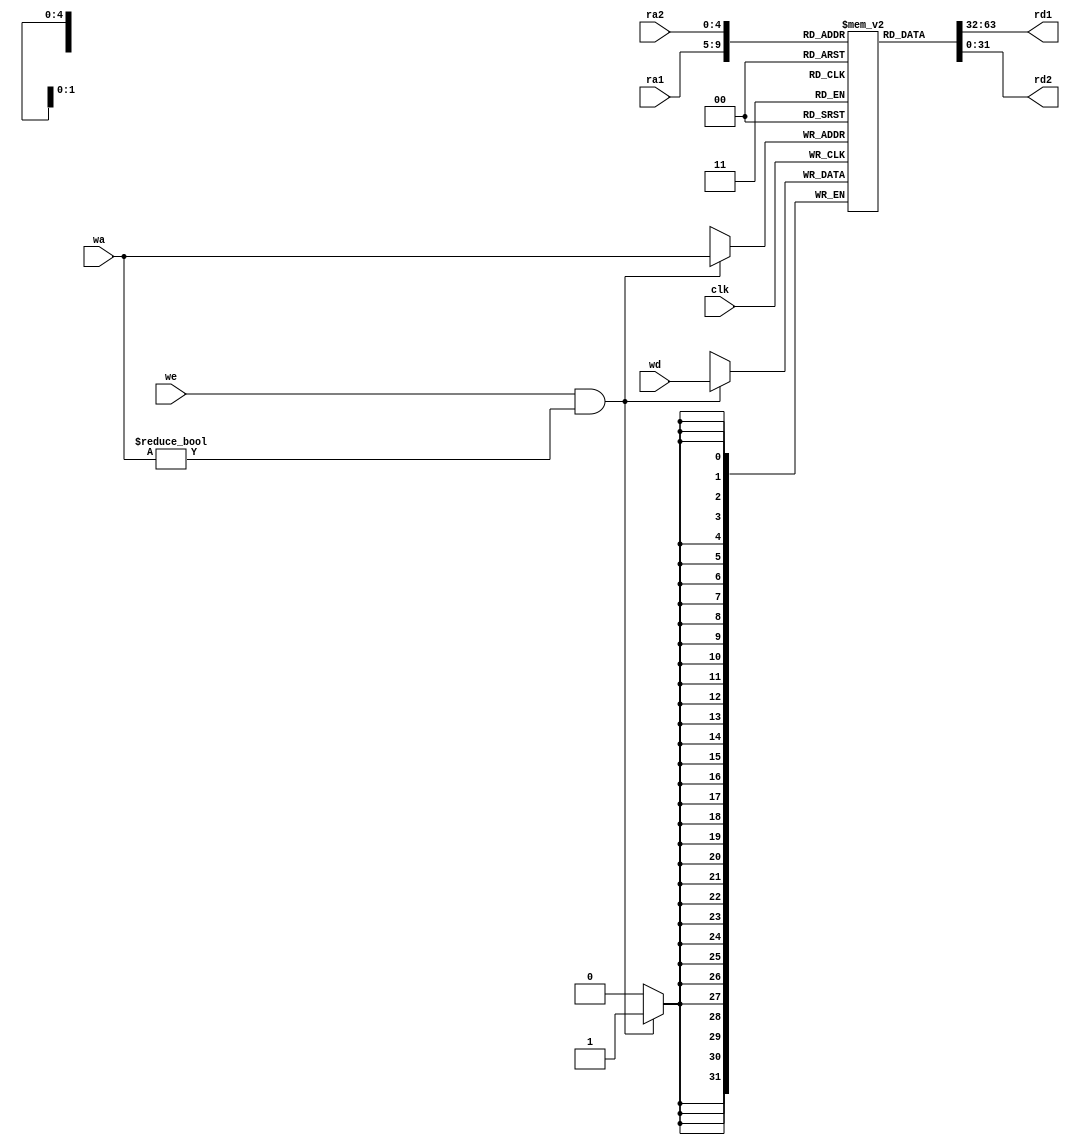
//-----------------------------------------------------------------------------
//  Module: RegFile
//  Desc: An array of 32 32-bit registers
//  Inputs Interface:
//    clk: Clock signal
//    ra1: first read address (asynchronous)
//    ra2: second read address (asynchronous)
//    wa: write address (synchronous)
//    we: write enable (synchronous)
//    wd: data to write (synchronous)
//  Output Interface:
//    rd1: data stored at address ra1
//    rd2: data stored at address ra2
//-----------------------------------------------------------------------------

module RegFile(input clk,
               input we,
               input  [4:0] ra1, ra2, wa,
               input  [31:0] wd,
               output [31:0] rd1, rd2);

// Implement your register file here, then delete this comment.
	parameter ENTRIES = 32;
	(* ram_style = "distributed" *) reg [31:0] registers [ENTRIES-1:0];	
	
	integer i;
	
	//initialize the reg array to all zeros	
	initial begin
		for (i = 0; i < ENTRIES; i = i + 1)	 
		begin
			registers[i] = 32'd0;	
		end
	end
		
	
	assign rd1 = registers[ra1];
	assign rd2 = registers[ra2];

	always @ (posedge clk) begin
		if (we && wa != 5'b0) begin
			registers[wa] <= wd;
		end
	end	

endmodule